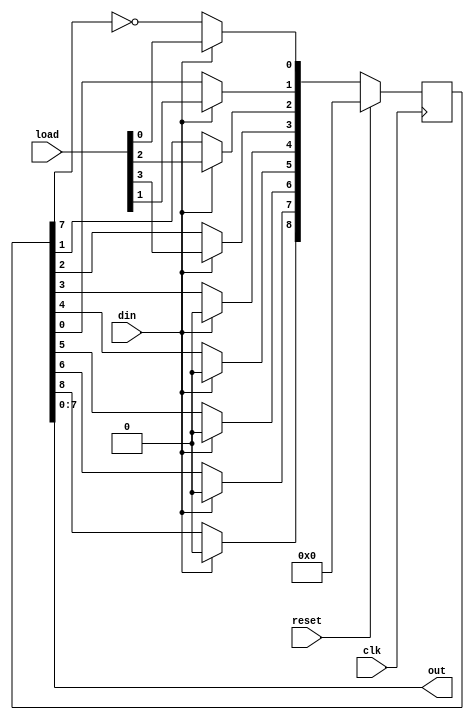
`timescale 1ns / 1ps
//////////////////////////////////////////////////////////////////////////////////
// Company: 
// Engineer: 
// 
// Design Name: 
// Module Name: johnsoncounter
// Project Name: 
// Target Devices: 
// Tool Versions: 
// Description: 
// 
// Dependencies: 
// 
// Revision:
// Revision 0.01 - File Created
// Additional Comments:
// 
//////////////////////////////////////////////////////////////////////////////////


module johnsoncounter(input clk, input reset, input [3:0] load, input din, output [7:0] out);
    reg [8:0] q;
    always @(posedge clk)
    begin 
    if(reset)
        q=8'd0;
    else if(din)
         q = load;
    else
 	begin 
 	    q[7]<=q[6];
        q[6]<=q[5];
        q[5]<=q[4];
        q[4]<=q[3];
 		q[3]<=q[2];
  		q[2]<=q[1];
  		q[1]<=q[0];
   		q[0]<=(~q[7]);
 	end
end
assign out=q;  
endmodule